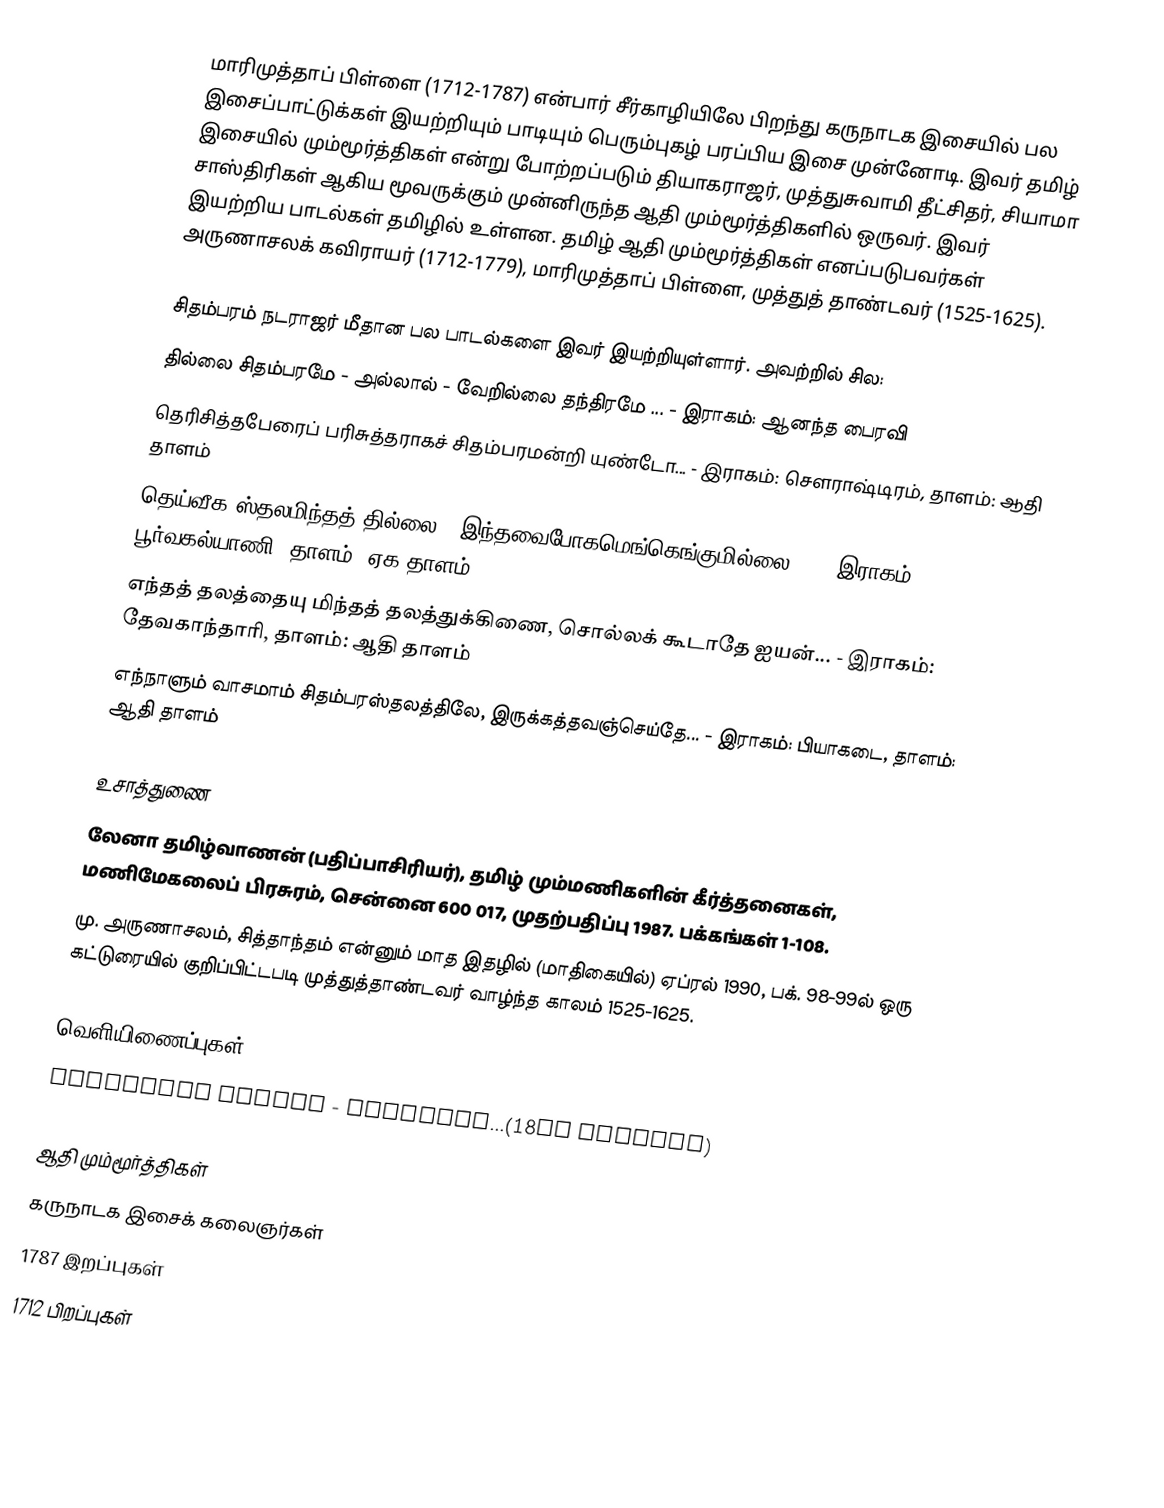
மாரிமுத்தாப் பிள்ளை (1712-1787) என்பார் சீர்காழியிலே பிறந்து கருநாடக இசையில் பல இசைப்பாட்டுக்கள் இயற்றியும் பாடியும் பெரும்புகழ் பரப்பிய இசை முன்னோடி. இவர் தமிழ் இசையில் மும்மூர்த்திகள் என்று போற்றப்படும் தியாகராஜர், முத்துசுவாமி தீட்சிதர், சியாமா சாஸ்திரிகள் ஆகிய மூவருக்கும் முன்னிருந்த ஆதி மும்மூர்த்திகளில் ஒருவர். இவர் இயற்றிய பாடல்கள் தமிழில் உள்ளன. தமிழ் ஆதி மும்மூர்த்திகள் எனப்படுபவர்கள் அருணாசலக் கவிராயர் (1712-1779), மாரிமுத்தாப் பிள்ளை, முத்துத் தாண்டவர் (1525-1625).

சிதம்பரம் நடராஜர் மீதான பல பாடல்களை இவர் இயற்றியுள்ளார். அவற்றில் சில:
 தில்லை சிதம்பரமே  - அல்லால் - வேறில்லை தந்திரமே ... -  இராகம்: ஆனந்த பைரவி
 தெரிசித்தபேரைப் பரிசுத்தராகச் சிதம்பரமன்றி யுண்டோ... - இராகம்: சௌராஷ்டிரம், தாளம்: ஆதி தாளம்
 தெய்வீக ஸ்தலமிந்தத் தில்லை - இந்தவைபோகமெங்கெங்குமில்லை... - இராகம்: பூர்வகல்யாணி, தாளம்: ஏக தாளம்
 எந்தத் தலத்தையு மிந்தத் தலத்துக்கிணை, சொல்லக் கூடாதே ஐயன்... - இராகம்: தேவகாந்தாரி, தாளம்: ஆதி தாளம்
 எந்நாளும் வாசமாம் சிதம்பரஸ்தலத்திலே, இருக்கத்தவஞ்செய்தே... - இராகம்: பியாகடை, தாளம்: ஆதி தாளம்

உசாத்துணை
 லேனா தமிழ்வாணன் (பதிப்பாசிரியர்), தமிழ் மும்மணிகளின் கீர்த்தனைகள், மணிமேகலைப் பிரசுரம், சென்னை 600 017, முதற்பதிப்பு 1987. பக்கங்கள் 1-108.
 மு. அருணாசலம், சித்தாந்தம்  என்னும் மாத இதழில் (மாதிகையில்) ஏப்ரல்  1990, பக். 98-99ல் ஒரு கட்டுரையில் குறிப்பிட்டபடி முத்துத்தாண்டவர் வாழ்ந்த காலம் 1525-1625.

வெளியிணைப்புகள்
 MARIMUTHA PILLAI - COMPOSER...(18th Century)

ஆதி மும்மூர்த்திகள்
கருநாடக இசைக் கலைஞர்கள்
1787 இறப்புகள்
1712 பிறப்புகள்